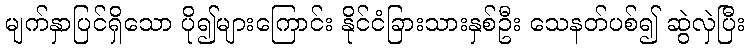
မျက်နှာပြင်ရှိသော ပို၍များကြောင်း နိုင်ငံခြားသားနှစ်ဦး သေနတ်ပစ်၍ ဆွဲလှဲပြီး